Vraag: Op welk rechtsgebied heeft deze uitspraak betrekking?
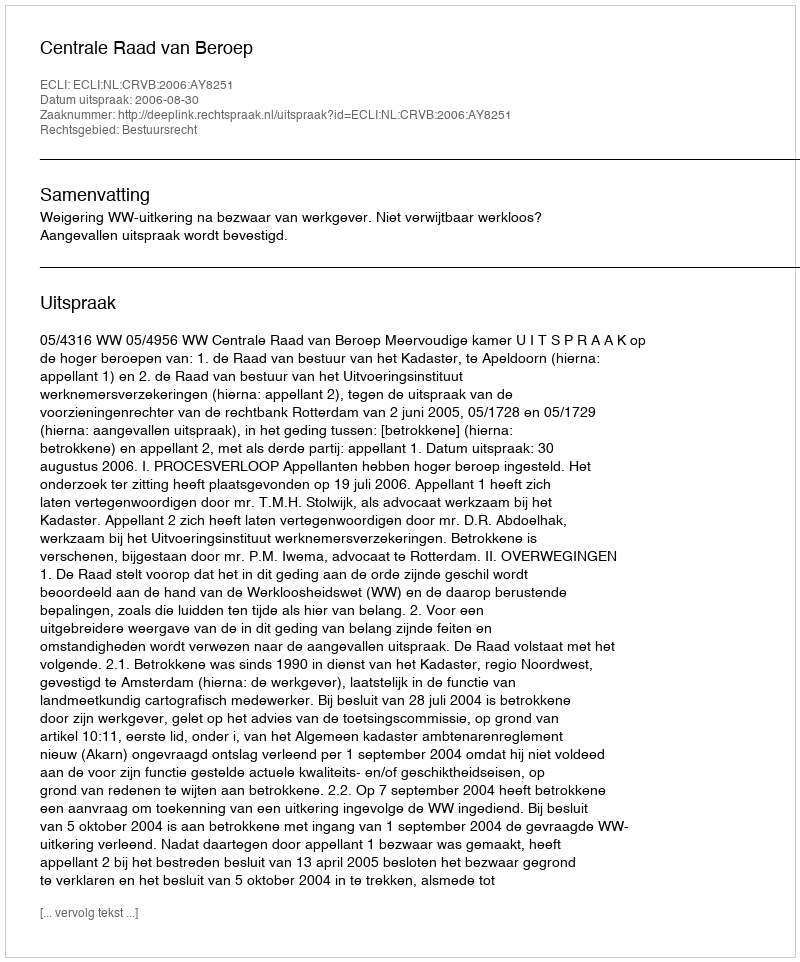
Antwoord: Bestuursrecht